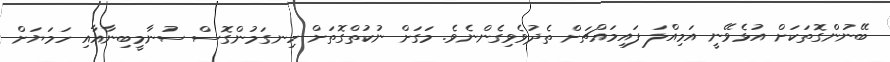
ބޭނުންގޮތަކަށް އުޅެވޭނީ އަމިއްލަ ފައިމައްޗަށް ތެދުވެވިގެންނެވެ. މަގަށް ނުކުތްގޮތަށް ހިނގަމުންގޮސް ސުނާމީބިނާއާއި ހަމަޔަށް